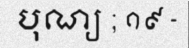
បុណ្យ ; ១៩ -